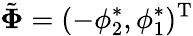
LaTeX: \tilde{\mathbf{\Phi}}=(-\phi_{2}^{*},\phi_{1}^{*})^{\mathrm{T}}